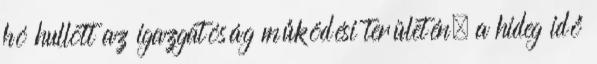
hó hullott az igazgatóság működési területén, a hideg idő